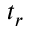
t _ { r }